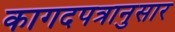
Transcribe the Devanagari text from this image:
कागदपत्रानुसार